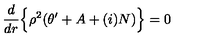
\frac { d } { d r } \Bigl \{ \rho ^ { 2 } ( \theta ^ { \prime } + A + ( i ) N ) \Bigr \} = 0